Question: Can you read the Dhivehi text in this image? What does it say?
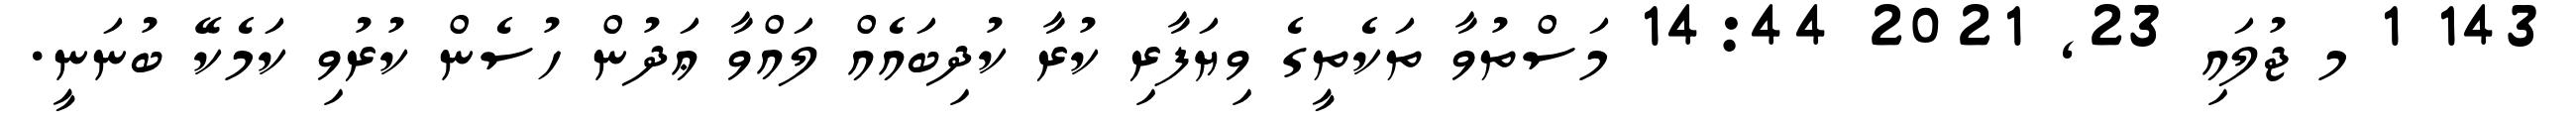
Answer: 143 1 މ ޖުލައި 23, 2021 14:44 މަސްތުވާ ތަކެތީގެ ވިޔަފާރި ކުރާ ކުދިބައެއް ލައްވާ ޢަދުން ހުސެން ކުރުވި ކަމެކޭ ބުނަނީ.